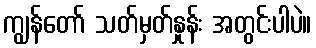
ကျွန်တော် သတ်မှတ်နှုန်း အတွင်းပါပဲ။